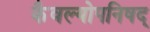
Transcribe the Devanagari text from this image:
कैवल्योपनिषद्